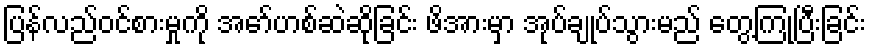
ပြန်လည်ဝင်စားမှုကို အော်ဟစ်ဆဲဆိုခြင်း ဖိအားမှာ အုပ်ချုပ်သွားမည် တွေ့ကြုံပြီးခြင်း